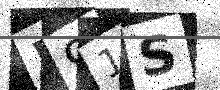
Text: 591S